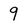
Character: 9